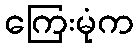
ကြေးမုံက